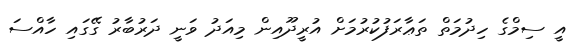
އީ ސިމްގެ ހިދުމަތް ތަޢާރަފުކުރުމަށް އުރީދޫއިން މިއަދު ވަނީ ދަރުބާރު ގޭގައި ހާއްސަ